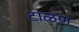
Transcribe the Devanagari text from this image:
टाळण